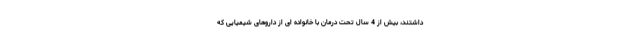
داشتند، بیش از 4 سال تحت درمان با خانواده ای از داروهای شیمیایی که